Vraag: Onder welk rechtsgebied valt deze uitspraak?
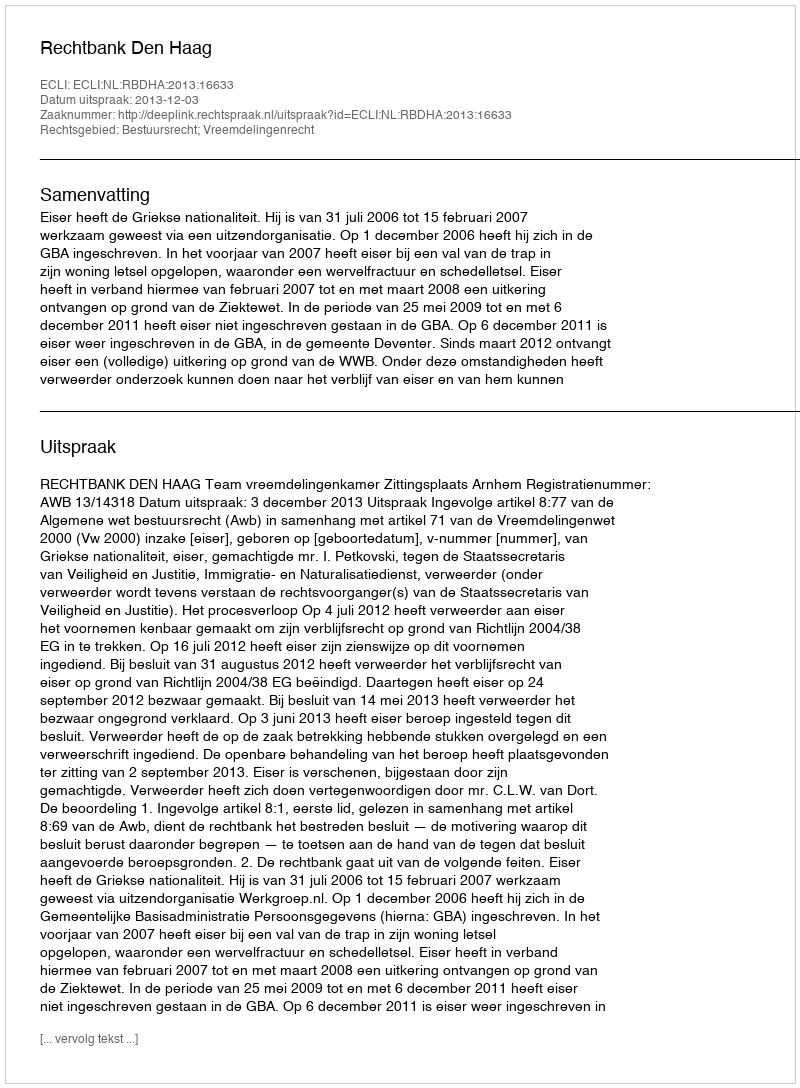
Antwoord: Bestuursrecht; Vreemdelingenrecht